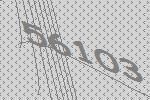
56103